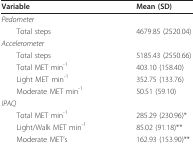
<table><thead><tr><td><b>Variable</b></td><td><b>Mean (SD)</b></td></tr></thead><tbody><tr><td><i>Pedometer</i></td><td></td></tr><tr><td> Total steps</td><td>4679.85 (2520.04)</td></tr><tr><td><i>Accelerometer</i></td><td></td></tr><tr><td> Total steps</td><td>5185.43 (2550.66)</td></tr><tr><td> Total MET min<sup>-1</sup></td><td>403.10 (158.40)</td></tr><tr><td> Light MET min<sup>-1</sup></td><td>352.75 (133.76)</td></tr><tr><td> Moderate MET min<sup>-1</sup></td><td>50.51 (59.10)</td></tr><tr><td><i>IPAQ</i></td><td></td></tr><tr><td> Total MET min<sup>-1</sup></td><td>285.29 (230.96)*</td></tr><tr><td> Light/Walk MET min<sup>-1</sup></td><td>85.02 (91.18)**</td></tr><tr><td> Moderate MET&#x27;s</td><td>162.93 (153.90)**</td></tr></tbody></table>